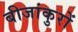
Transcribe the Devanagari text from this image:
बीजांकुरों